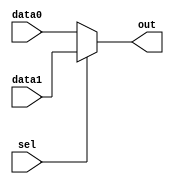
module MUX_1bit(
    input sel,
    input [31:0] data0,
    input [31:0] data1,
    output [31:0] out
);
    assign out = (sel) ? data1 : data0;

endmodule // Mux 1 from 2